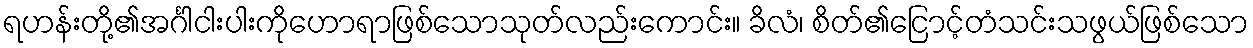
ရဟန်းတို့၏အင်္ဂါငါးပါးကိုဟောရာဖြစ်သောသုတ်လည်းကောင်း။ ခိလံ၊ စိတ်၏ငြောင့်တံသင်းသဖွယ်ဖြစ်သော